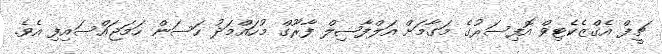
ޗީފް އެގްޒެކެޓިވް އޮފިސަރުގެ މަގާމަށް އަލްފާޟިލް ފާރޫގް މުހައްމަދު ހަސަން ހަމަޖައްސައިފި އެވެ.